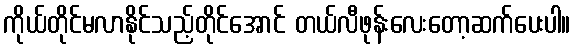
ကိုယ်တိုင်မလာနိုင်သည့်တိုင်အောင် တယ်လီဖုန်းလေးတော့ဆက်ပေးပါ။